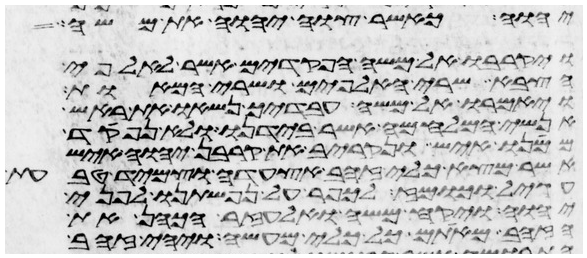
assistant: יהוה כאשר צוה יהוה את משה
ויקרבו אל משה הפקדים אשר לאלפי
הצבא שרי האלפים ושרי המאות
ויאמרו אל משה עבדיך נשאו את ראש
אנשי המלחמה אשר בידנו ולא נפקד
ממנו איש ונקריב את קרבן יהוה איש
אשר מצא כלי זהב אצעדה וצמיד טבעת
עגיל וכומז לכפר על נפשתינו לפני
יהוה ויקח משה ואלעזר הכהן את
הזהב מאתם כל כלי מעשה ויהי זהב